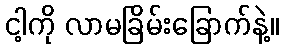
ငါ့ကို လာမခြိမ်းခြောက်နဲ့။